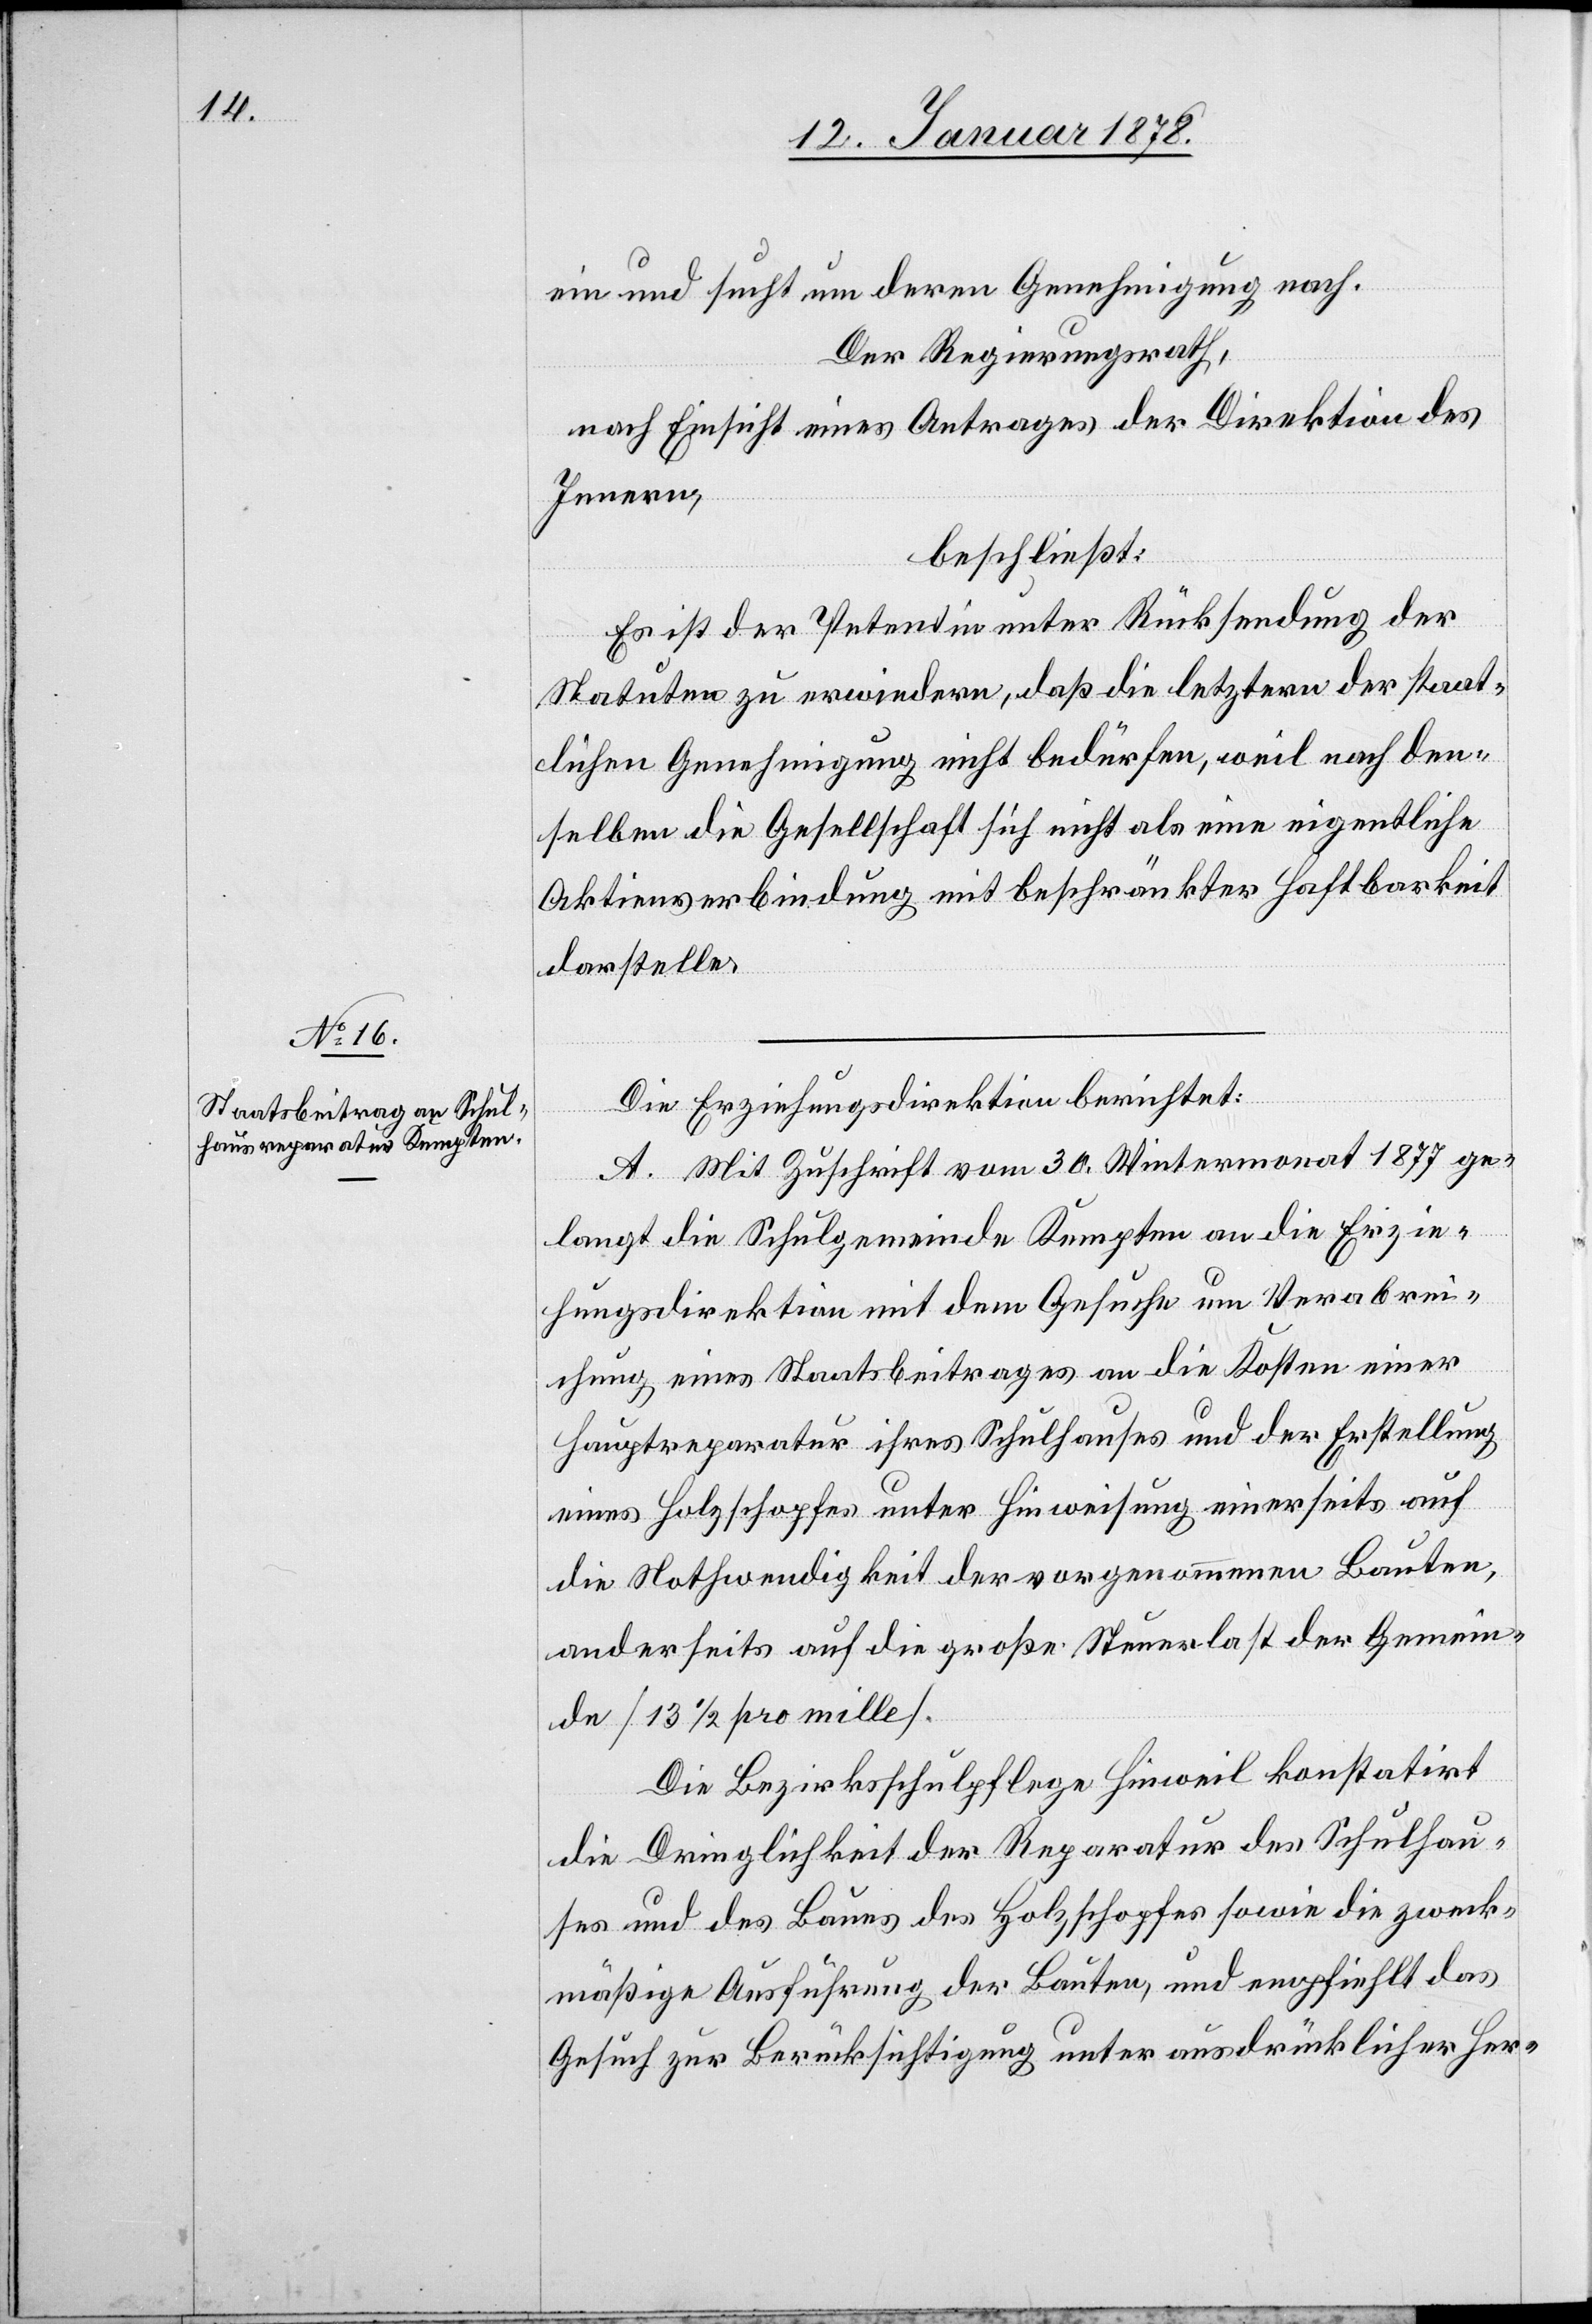
ein und sucht um deren Genehmigung nach.
Der Regierungsrath,
nach Einsicht eines Antrages der Direktion des
Innern,
beschließt:
Es ist der Petentin unter Rücksendung der
Statuten zu erwiedern, daß die letztern der staat¬
lichen Genehmigung nicht bedürfen, weil nach den¬
selben die Gesellschaft sich nicht als eine eigentliche
Aktienverbindung mit beschränkter Haftbarkeit
darstelle.
Die Erziehungsdirektion berichtet:
A. Mit Zuschrift vom 30 Wintermonat 1877 ge¬
langt die Schulgemeinde Kempten an die Erzie¬
hungsdirektion mit dem Gesuche um Verabrei¬
chung eines Staatsbeitrages an die Kosten einer
Hauptreparatur ihres Schulhaus und der Erstellung
eines Holzschopfes unter Hinweisung einerseits auf
die Nothwendigkeit der vorgenommenen Bauten,
anderseits auf die große Steuerlast der Gemein¬
de [13 1/2 pro mille.]
Die Bezirksschulpflege Hinweil konstatirt
die Dringlichkeit der Reparatur des Schulhau¬
ses und des Baues des Holzschopfes sowie die zweck¬
mäßige Ausführung der Bauten, und empfiehlt das
Gesuch zur Berücksichtigung unter ausdrücklicher Her-